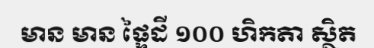
មាន មាន ផ្ទៃដី ១០០ ហិកតា ស្ថិត